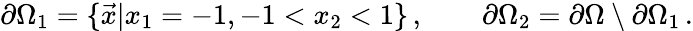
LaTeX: \partial\Omega_{1}=\{ \vec{x}\vert x_{1}=-1,-1<x_{2}<1\} \, ,\quad\quad\partial\Omega_{2}=\partial\Omega\setminus\partial\Omega_{1}\, .